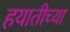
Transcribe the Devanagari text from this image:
हयातीच्या